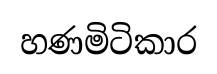
හණමිටිකාර